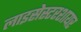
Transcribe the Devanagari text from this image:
लाइसेस्टरशायर